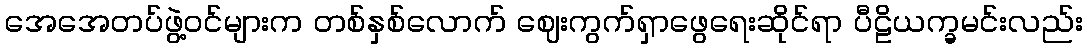
အေအေတပ်ဖွဲ့ဝင်များက တစ်နှစ်လောက် ဈေးကွက်ရှာဖွေရေးဆိုင်ရာ ပီဠိယက္ခမင်းလည်း